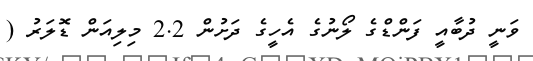
ވަނީ ދުބާއީ ފަންޑްގެ ލޯނުގެ އެހީގެ ދަށުން 2.2 މިލިއަން ޑޮލަރު (